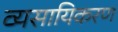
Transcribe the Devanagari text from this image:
व्यसायिकरण